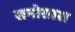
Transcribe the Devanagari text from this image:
सनोसारा